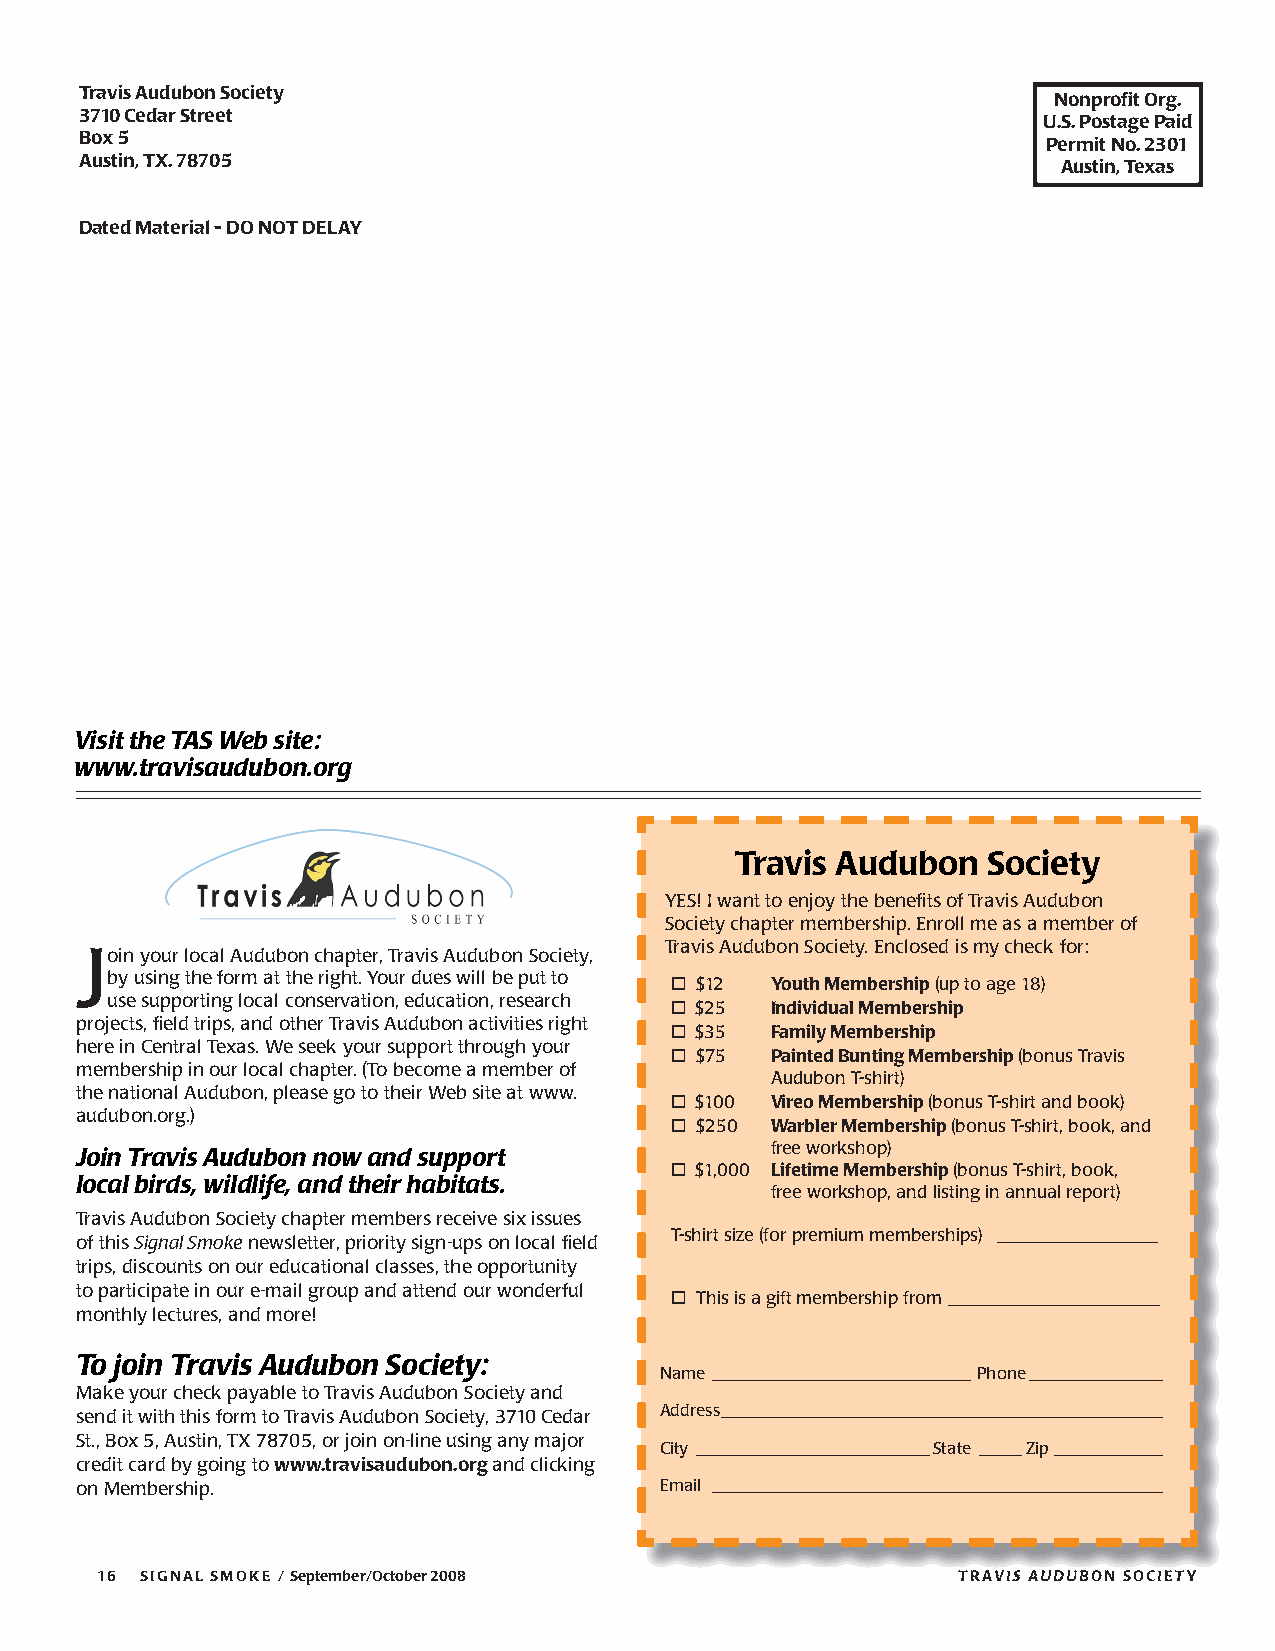
Travis Audubon Society                                           Nonprofi t Org.
 3710 Cedar Street                                               U.S. Postage Paid
 Box 5                                                           Permit No. 2301
 Austin, TX. 78705                                                Austin, Texas
 Dated Material - DO NOT DELAY
 Visit the TAS Web site:
 www.travisaudubon.org
 Travis Audubon  Society
 YES! I want to enjoy the benefi ts of Travis Audubon
 Society chapter membership. Enroll me as a member of
 Travis Audubon Society. Enclosed is my check for:
 Join your local Audubon chapter, Travis Audubon Society,
 by using the form at the right. Your dues will be put to  $12 Youth Membership (up to age 18)
 use supporting local conservation, education, research
  $25  Individual Membership
 projects, fi eld trips, and other Travis Audubon activities right
  $35  Family Membership
 here in Central Texas. We seek your support through your
  $75  Painted Bunting Membership (bonus Travis
 membership in our local chapter. (To become a member of
 Audubon T-shirt)
 the national Audubon, please go to their Web site at www.
  $100 Vireo Membership (bonus T-shirt and book)
 audubon.org.)
  $250 Warbler Membership (bonus T-shirt, book, and
 free workshop)
 Join Travis Audubon now and support
  $1,000 Lifetime Membership (bonus T-shirt, book,
 local birds, wildlife, and their habitats.
 free work shop, and listing in annual report)
 Travis Audubon Society chapter members receive six issues
 T-shirt size (for premium memberships) __________________
 of this Signal Smoke newsletter, priority sign-ups on local fi eld
 trips, discounts on our educational classes, the opportunity
 to participate in our e-mail group and attend our wonderful
  This is a gift membership from ________________________
 monthly lectures, and more!
 To join Travis Audubon Society:
 Name _______________________________ Phone ________________
 Make your check payable to Travis Audubon Society and
 send it with this form to Travis Audubon Society, 3710 Cedar Address _____________________________________________________
 St., Box 5, Austin, TX 78705, or join on-line using any major
 City ____________________________State _____ Zip _____________
 credit card by going to www.travisaudubon.org and clicking
 on Membership.                         Email ______________________________________________________
 16 SIGNAL SMOKE / September/October 2008                 TTRRAAVVIISS AAUUDDUUBBOONN SSOOCCIIEETTYY